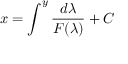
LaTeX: x = \int ^ { y } { \frac { d \lambda } { F ( \lambda ) } } + C \,